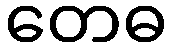
တေဓ